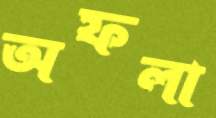
অফলা